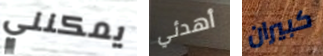
يمكنني أهدئي كبيران